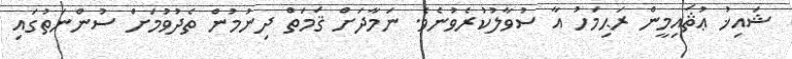
ޝައިޚު ޢުޘައިމީން ރަޙިމަހު އާ ސުވާލުކުރެވުނެވެ. ނަމާދަށް ޤަމަތް ދިނުމުން ތެދުވުމަށް ސުންނަތުގައި